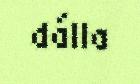
dálla